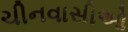
ચીનવાસીઓ